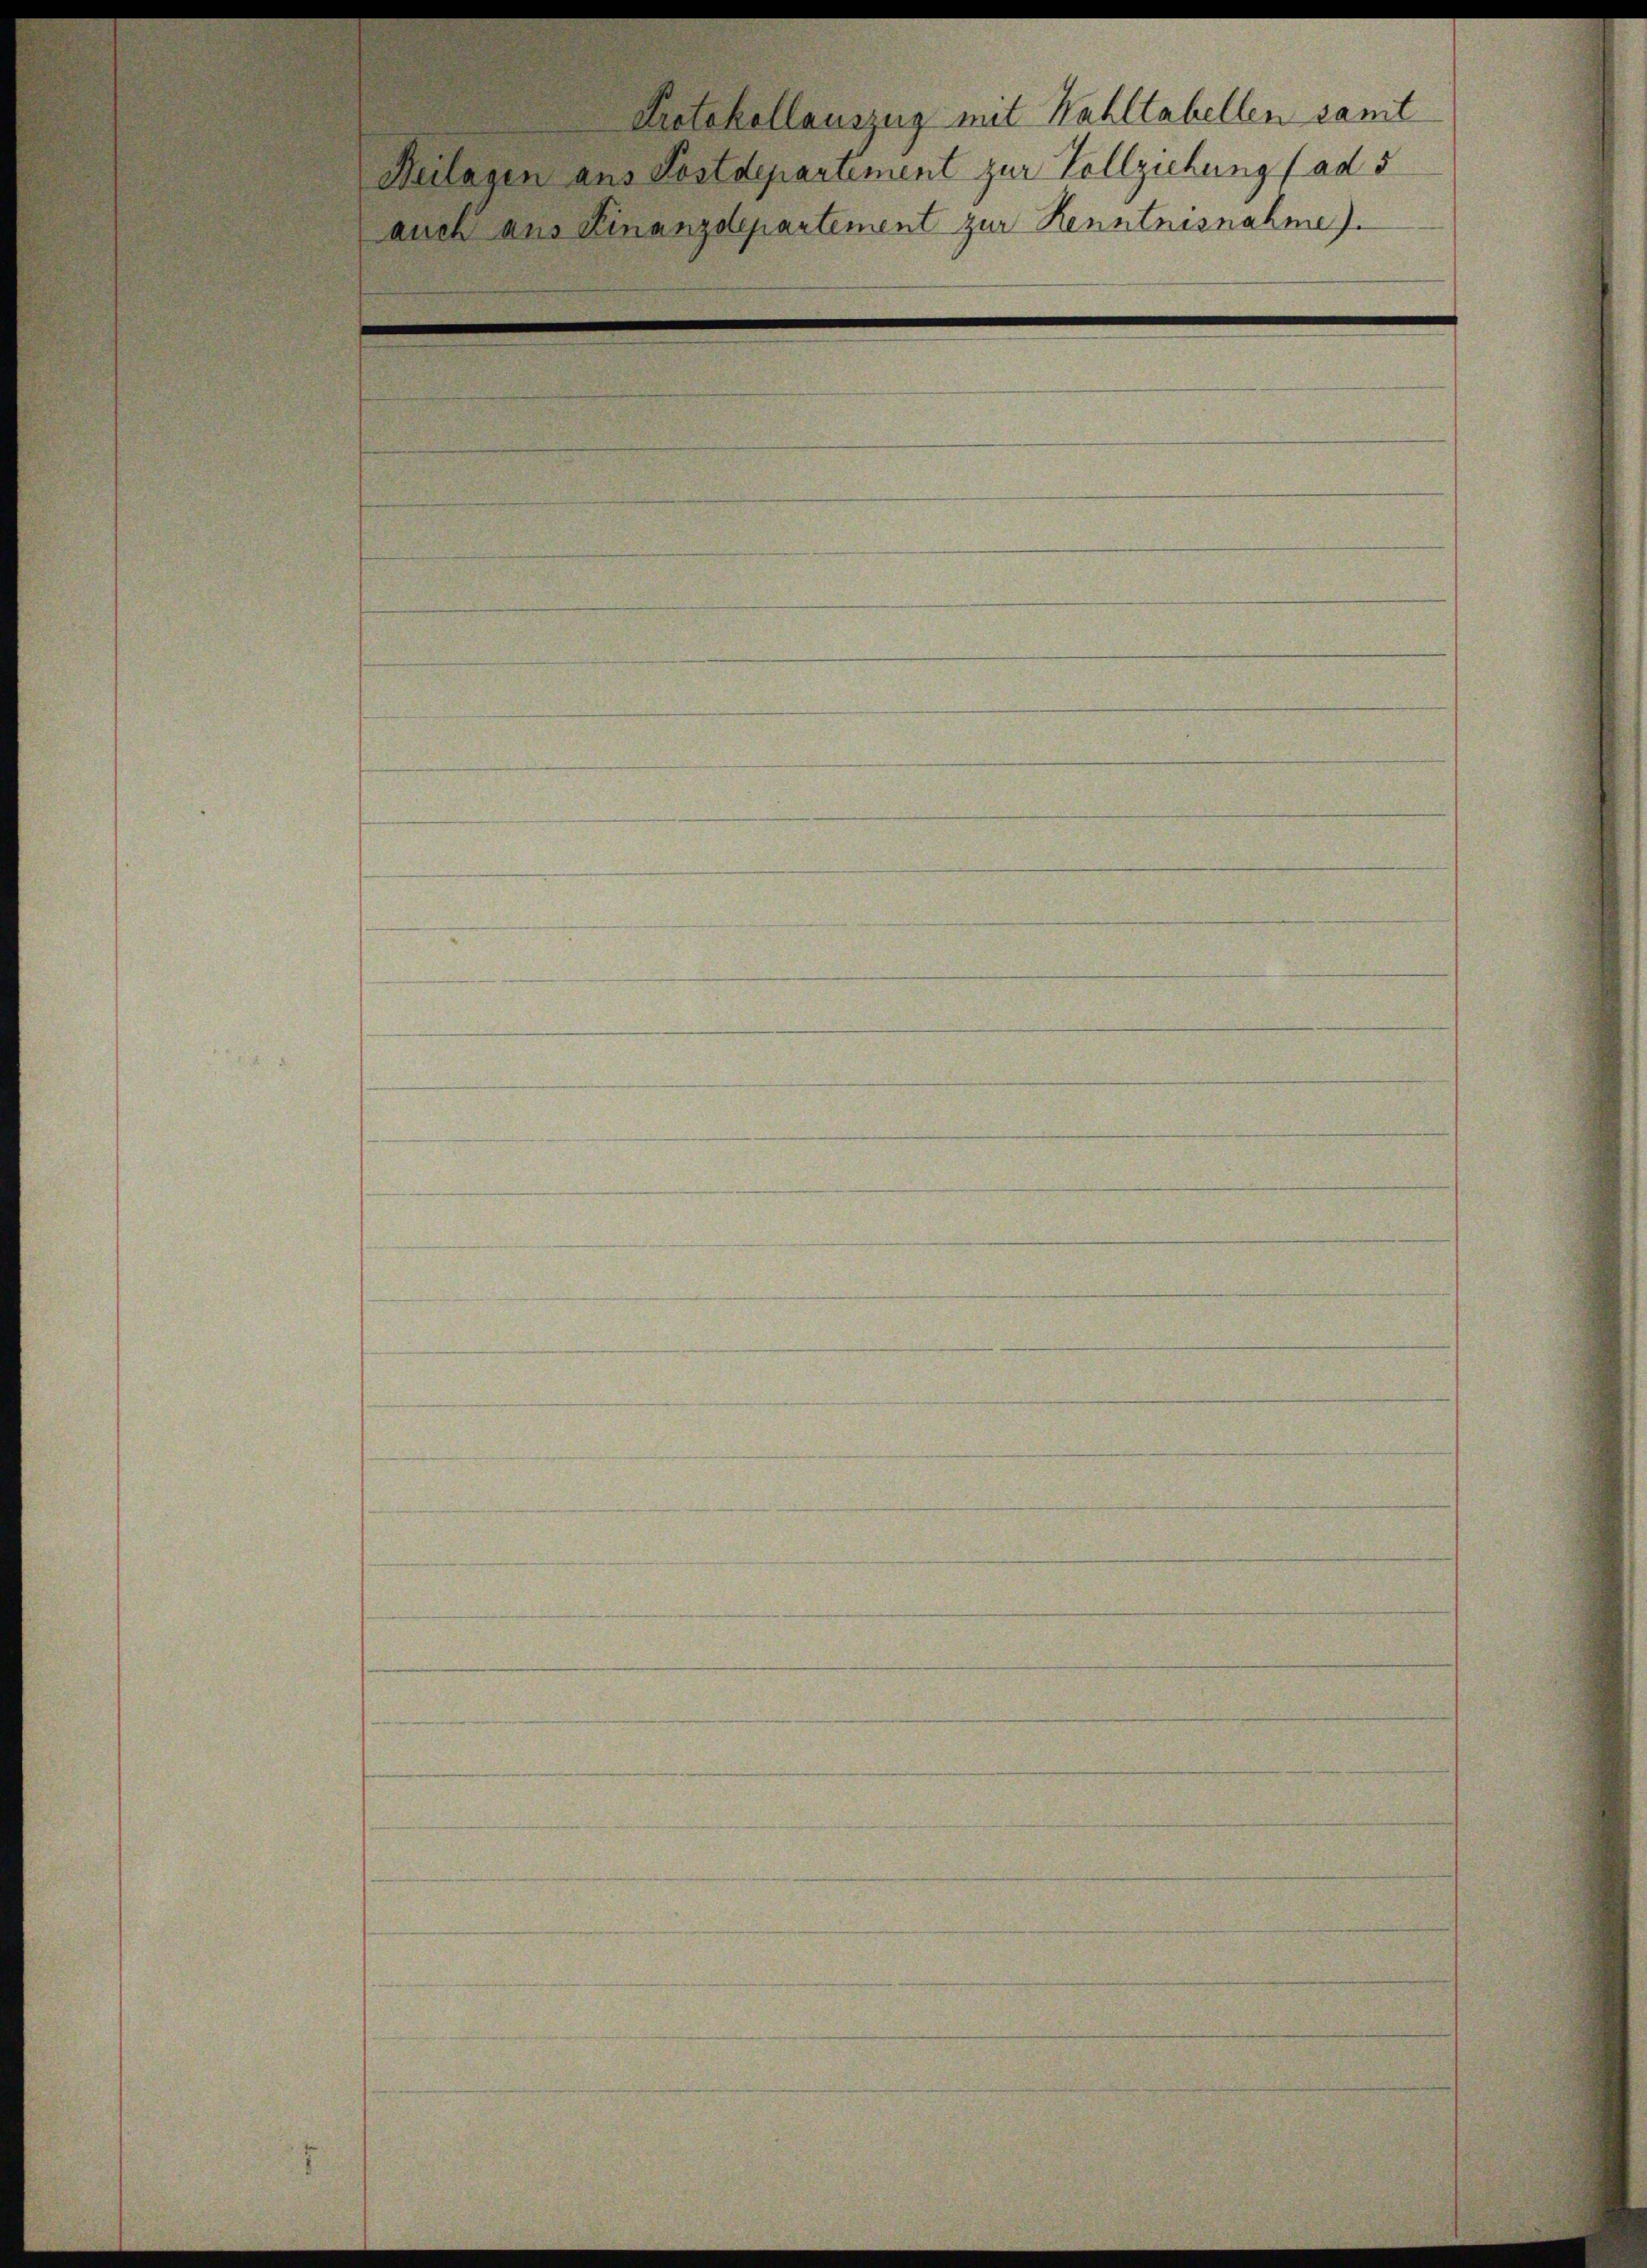
Heilagen aus Postdepartement zur Vollziehung (ad 5
auch aus einanzdepartement zur Kenntnisnahme).

Protokollauszug mit Wahllabellen samt